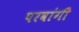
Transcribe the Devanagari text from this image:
परवांगी